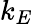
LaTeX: k_{E}